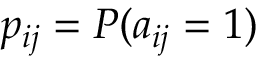
p _ { i j } = P ( a _ { i j } = 1 )